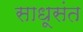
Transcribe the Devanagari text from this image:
साधूसंत